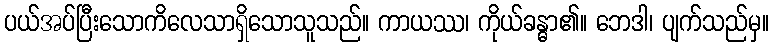
ပယ်အပ်ပြီးသောကိလေသာရှိသောသူသည်။ ကာယဿ၊ ကိုယ်ခန္ဓာ၏။ ဘေဒါ၊ ပျက်သည်မှ။